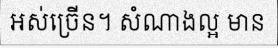
អស់ច្រើន។ សំណាងល្អ មាន